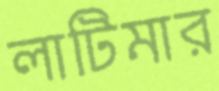
লাটিমার